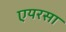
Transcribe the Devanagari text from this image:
एयरसा